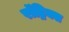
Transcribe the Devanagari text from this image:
रॉड्रिक्स